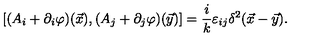
[ ( A _ { i } + \partial _ { i } \varphi ) ( \vec { x } ) , ( A _ { j } + \partial _ { j } \varphi ) ( \vec { y } ) ] = \frac i k \varepsilon _ { i j } \delta ^ { 2 } ( \vec { x } - \vec { y } ) .